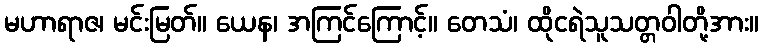
မဟာရာဇ၊ မင်းမြတ်။ ယေန၊ အကြင်ကြောင့်။ တေသံ၊ ထိုငရဲသူသတ္တဝါတို့အား။